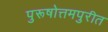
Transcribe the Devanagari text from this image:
पुरूषोत्तमपुरीत